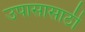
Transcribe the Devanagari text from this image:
उपासासाठी